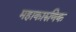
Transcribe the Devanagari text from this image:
महाकारुणिक